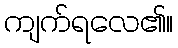
ကျက်ရလေ၏။